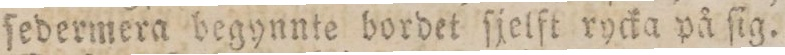
ſedermera begynnte bordet ſjelft rycka på ſig.